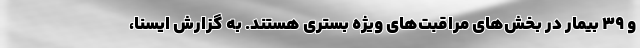
و ۳۹ بیمار در بخش‌های مراقبت‌های ویژه بستری هستند. به گزارش ایسنا،